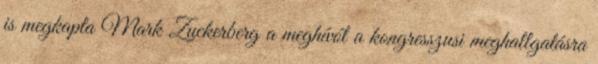
is megkapta Mark Zuckerberg a meghívót a kongresszusi meghallgatásra